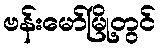
ဗန်းမော်မြို့တွင်